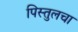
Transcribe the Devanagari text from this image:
पिस्तुलचा